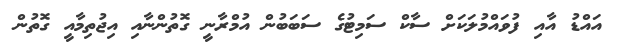
އައްޑު އާއި ފުވައްމުލަކަށް ސާކް ސަމިޓުގެ ސަބަބުން އުމްރާނީ ގޮތުންނާއި އިޖުތިމާއީ ގޮތުން